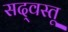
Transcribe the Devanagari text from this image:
सद्‌वस्तू